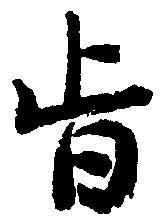
旨